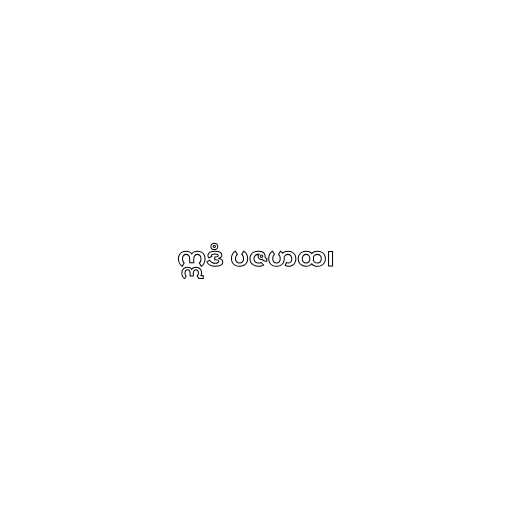
ဣဒံ ပဇဟထ၊